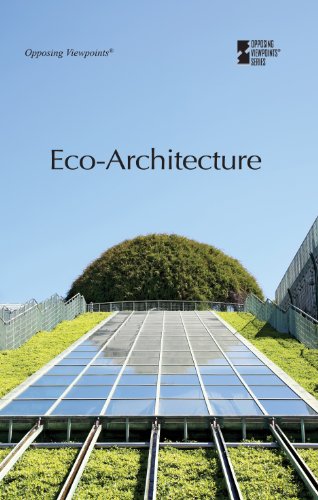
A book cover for Eco-Architecture (Opposing Viewpoints); Roman Espejo; Teen & Young Adult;